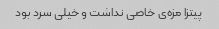
پیتزا مزه‌ی خاصی نداشت و خیلی سرد بود